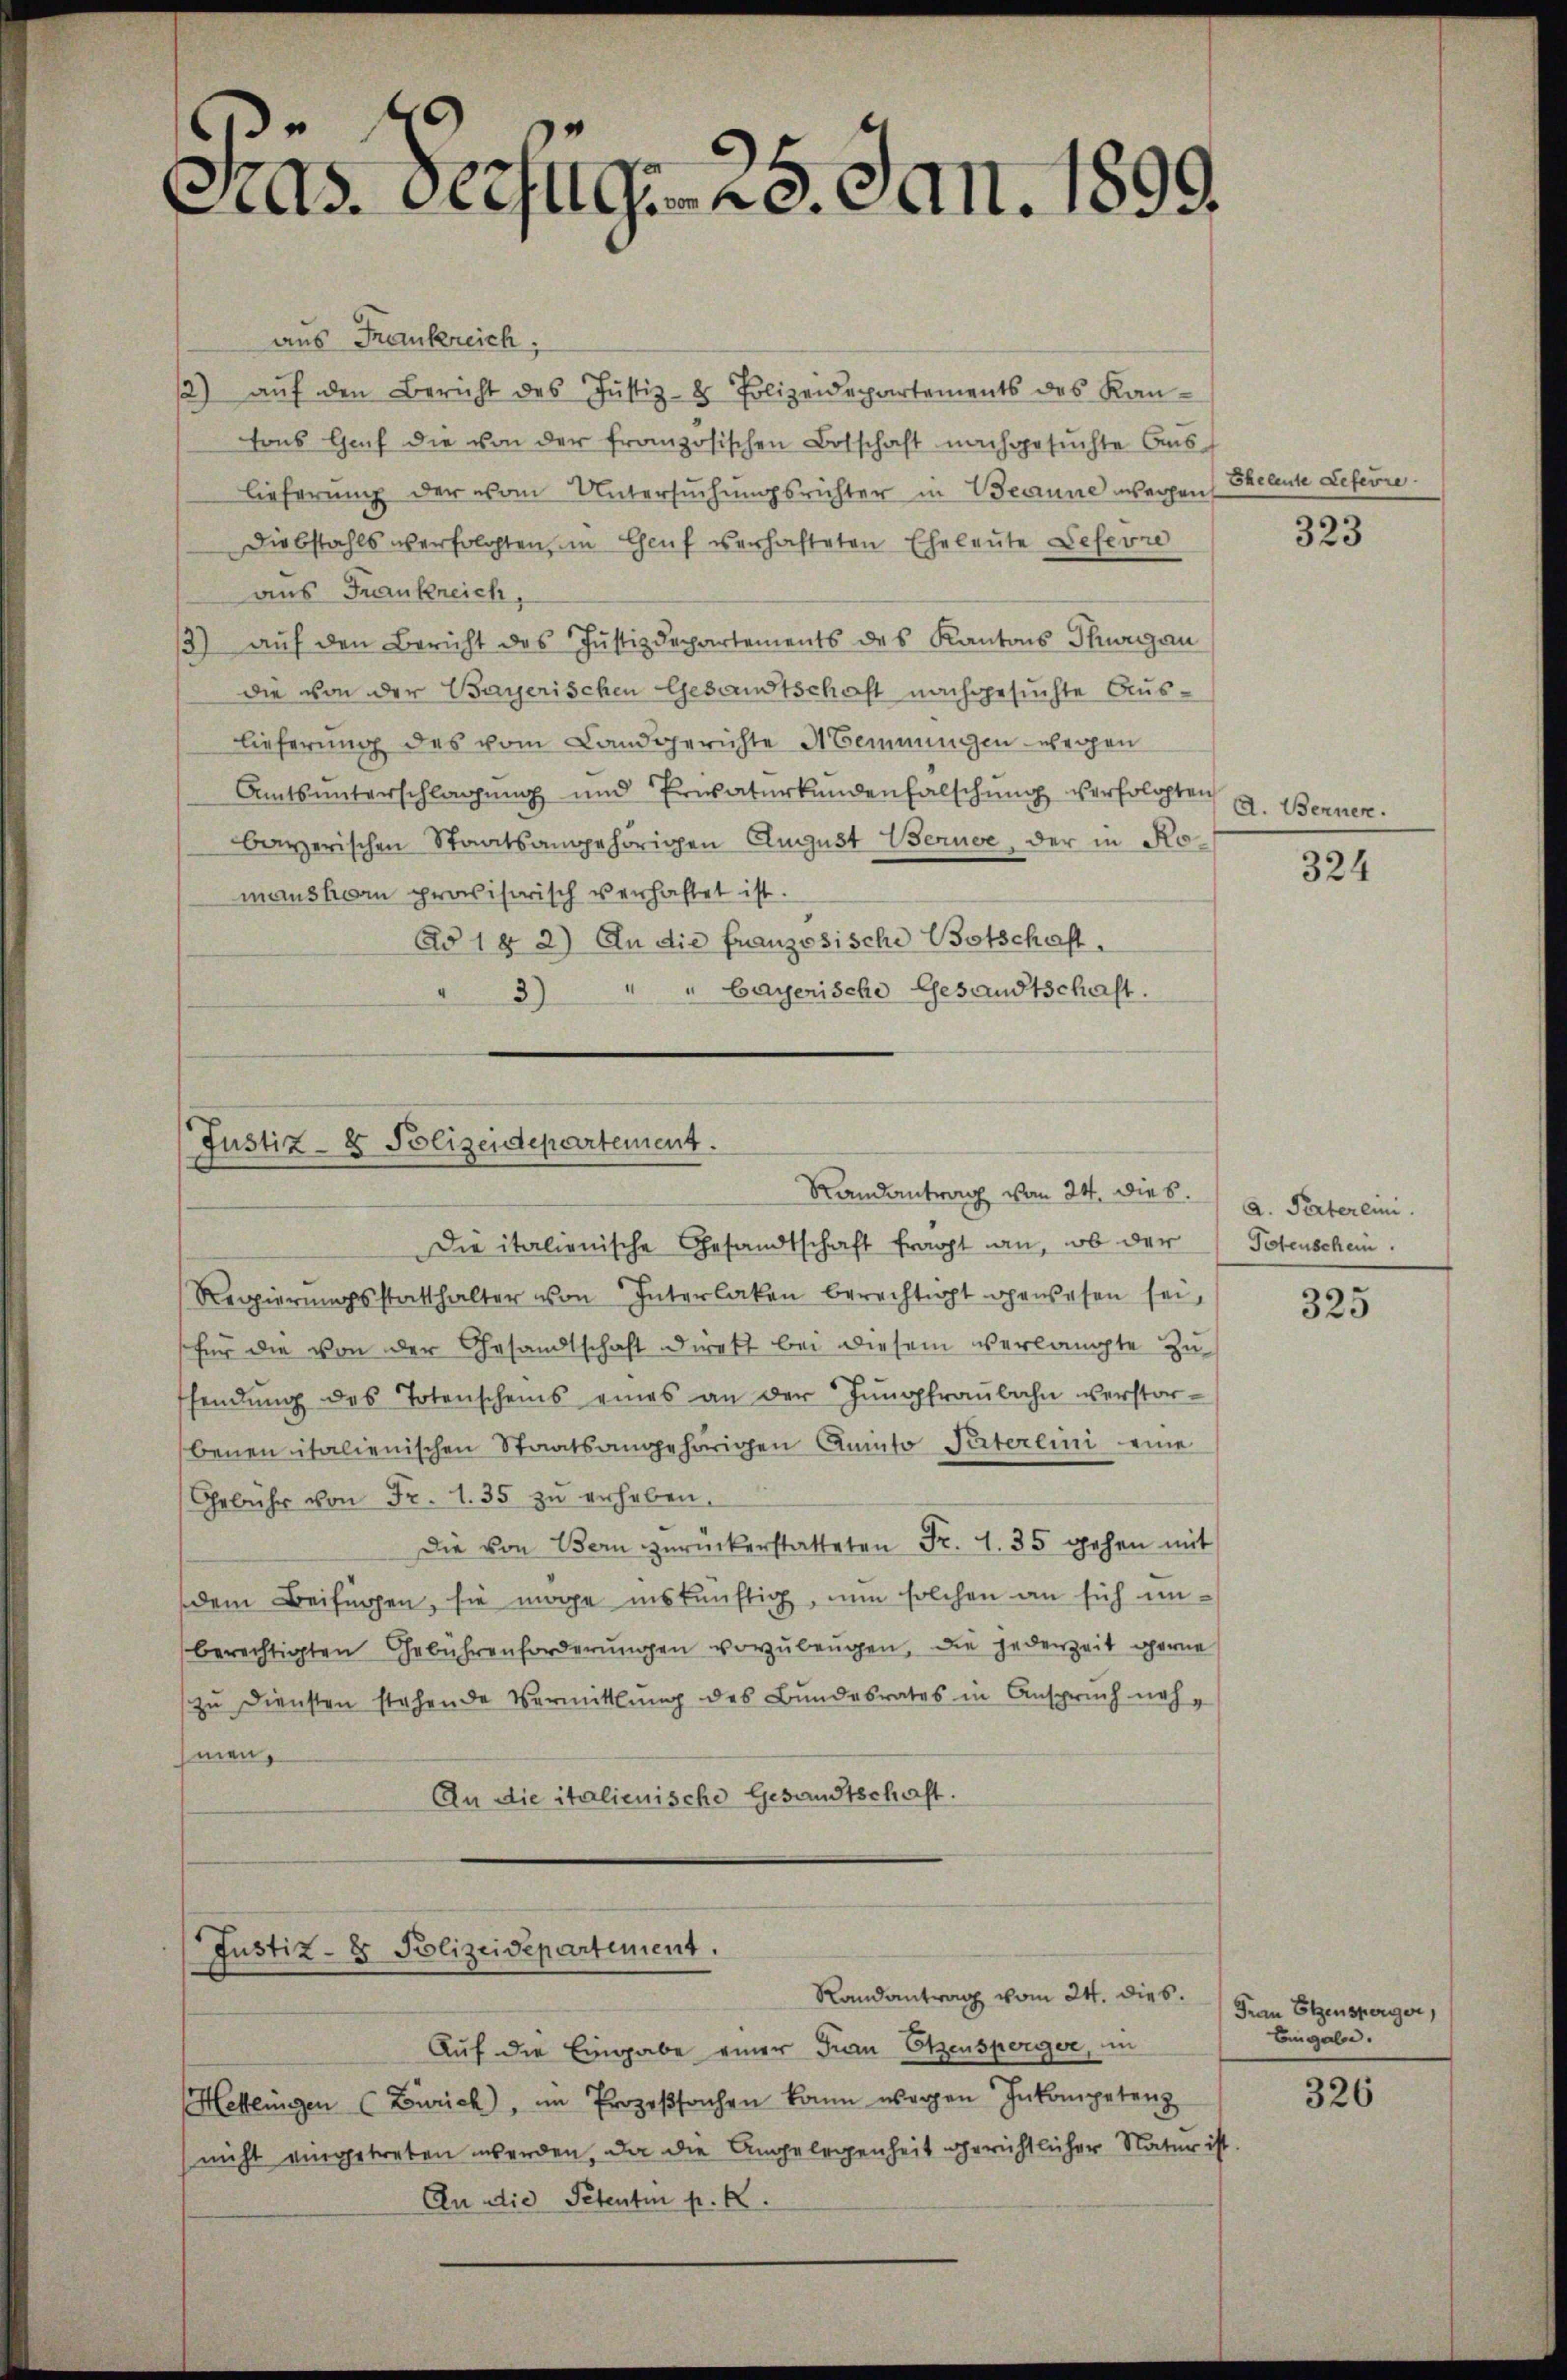
e
C.ds. bezug 29. Jan. 1899

Justiz- & Polizeidepartement.
Randantrag von 24. dies.

Justiz- & Polizeidepartement.

aus Frankreich,
/2) auf den Bericht des Justiz-8 Polizeidepartements des Kantons Hof die von der französischen Botschaft nachgesuchte Aus
lieferung der vom Untersuchungsrichter in Beanne wegen
Diebstahls verfolgten, im Genf verhafteten Eheleute Lefevre
aus Frankreich,
/3) aŭf den Bericht des Justizdepartements des Kantons Thurgau
die von der Bayerischen Gesandtschaft nachgesuchte Auslieferung des vom Landgerichte Meinungen wegen
Amtsunterschlagung und Privaturkundenfalschung verfolgten
bayerischen Staatsangehörigen August Beruse, der in Romanson provisorisch verhaftet ist.
Ad 1 § 2) An die französische Botschaft.
3) " " Cayerische Gesandtschaft.

Die italienische Gesandtschaft fragt an, ob der
Regierŭngsstatthalter von Interlaken berechtigt gewesen sei,
für die von der Gesandtschaft direkt bei diesem verlangte Zuffendŭng des Totenscheins eines an der Jungfraŭbahn verstorbenen italienischen Staatsangehörigen Anmto Paterlini eine
Gebühr von Fr. 1. 35 zu erheben,
dDie von Bern zŭrückerstatteten Fr. 1. 35 gehen mit
dem Beifügen, sie möge inskünftig, nun solchen an sich unberechtigten Gebührenforderŭngen vorzŭbeŭgen, die jederzeit gerne
zu Diensten stehende Vermittlung des Bundesrates in Anspruch nehhmen,
An die italienische Gesandtschaft.

Auf die Eingabe einer Frau Etzensperger, in
Heklingen (Zürich, im Prozeβsachen kann werden Inkompetenz
nicht eingetreten werden, da die Angelegenheit gerichtlicher Natur ist
An die Petentin pr. K.

Randantrag vom 24. dies.

Eheleute Lefevre

323

A. Bernen.

324

A. Partereini
Totenschein

325

Frau Elzensperger,
Bingeln.

326